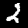
Digit: 2